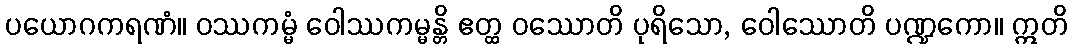
ပယောဂကရဏံ။ ဝဿကမ္မံ ဝေါဿကမ္မန္တိ ဧတ္ထ ဝဿောတိ ပုရိသော, ဝေါဿောတိ ပဏ္ဍကော။ ဣတိ